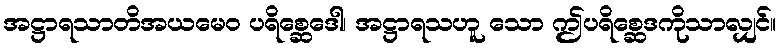
အဋ္ဌာရသာတိအယမေဝ ပရိစ္ဆေဒေါ၊ အဋ္ဌာရသဟူ သော ဤပရိစ္ဆေဒကိုသာလျှင်။